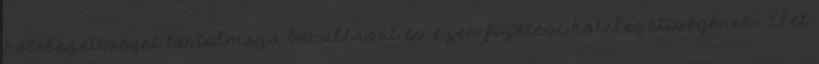
kötelezettséget tartalmazó bevallását és ezen fizetési kötelezettségének . Élet